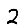
Digit: 2